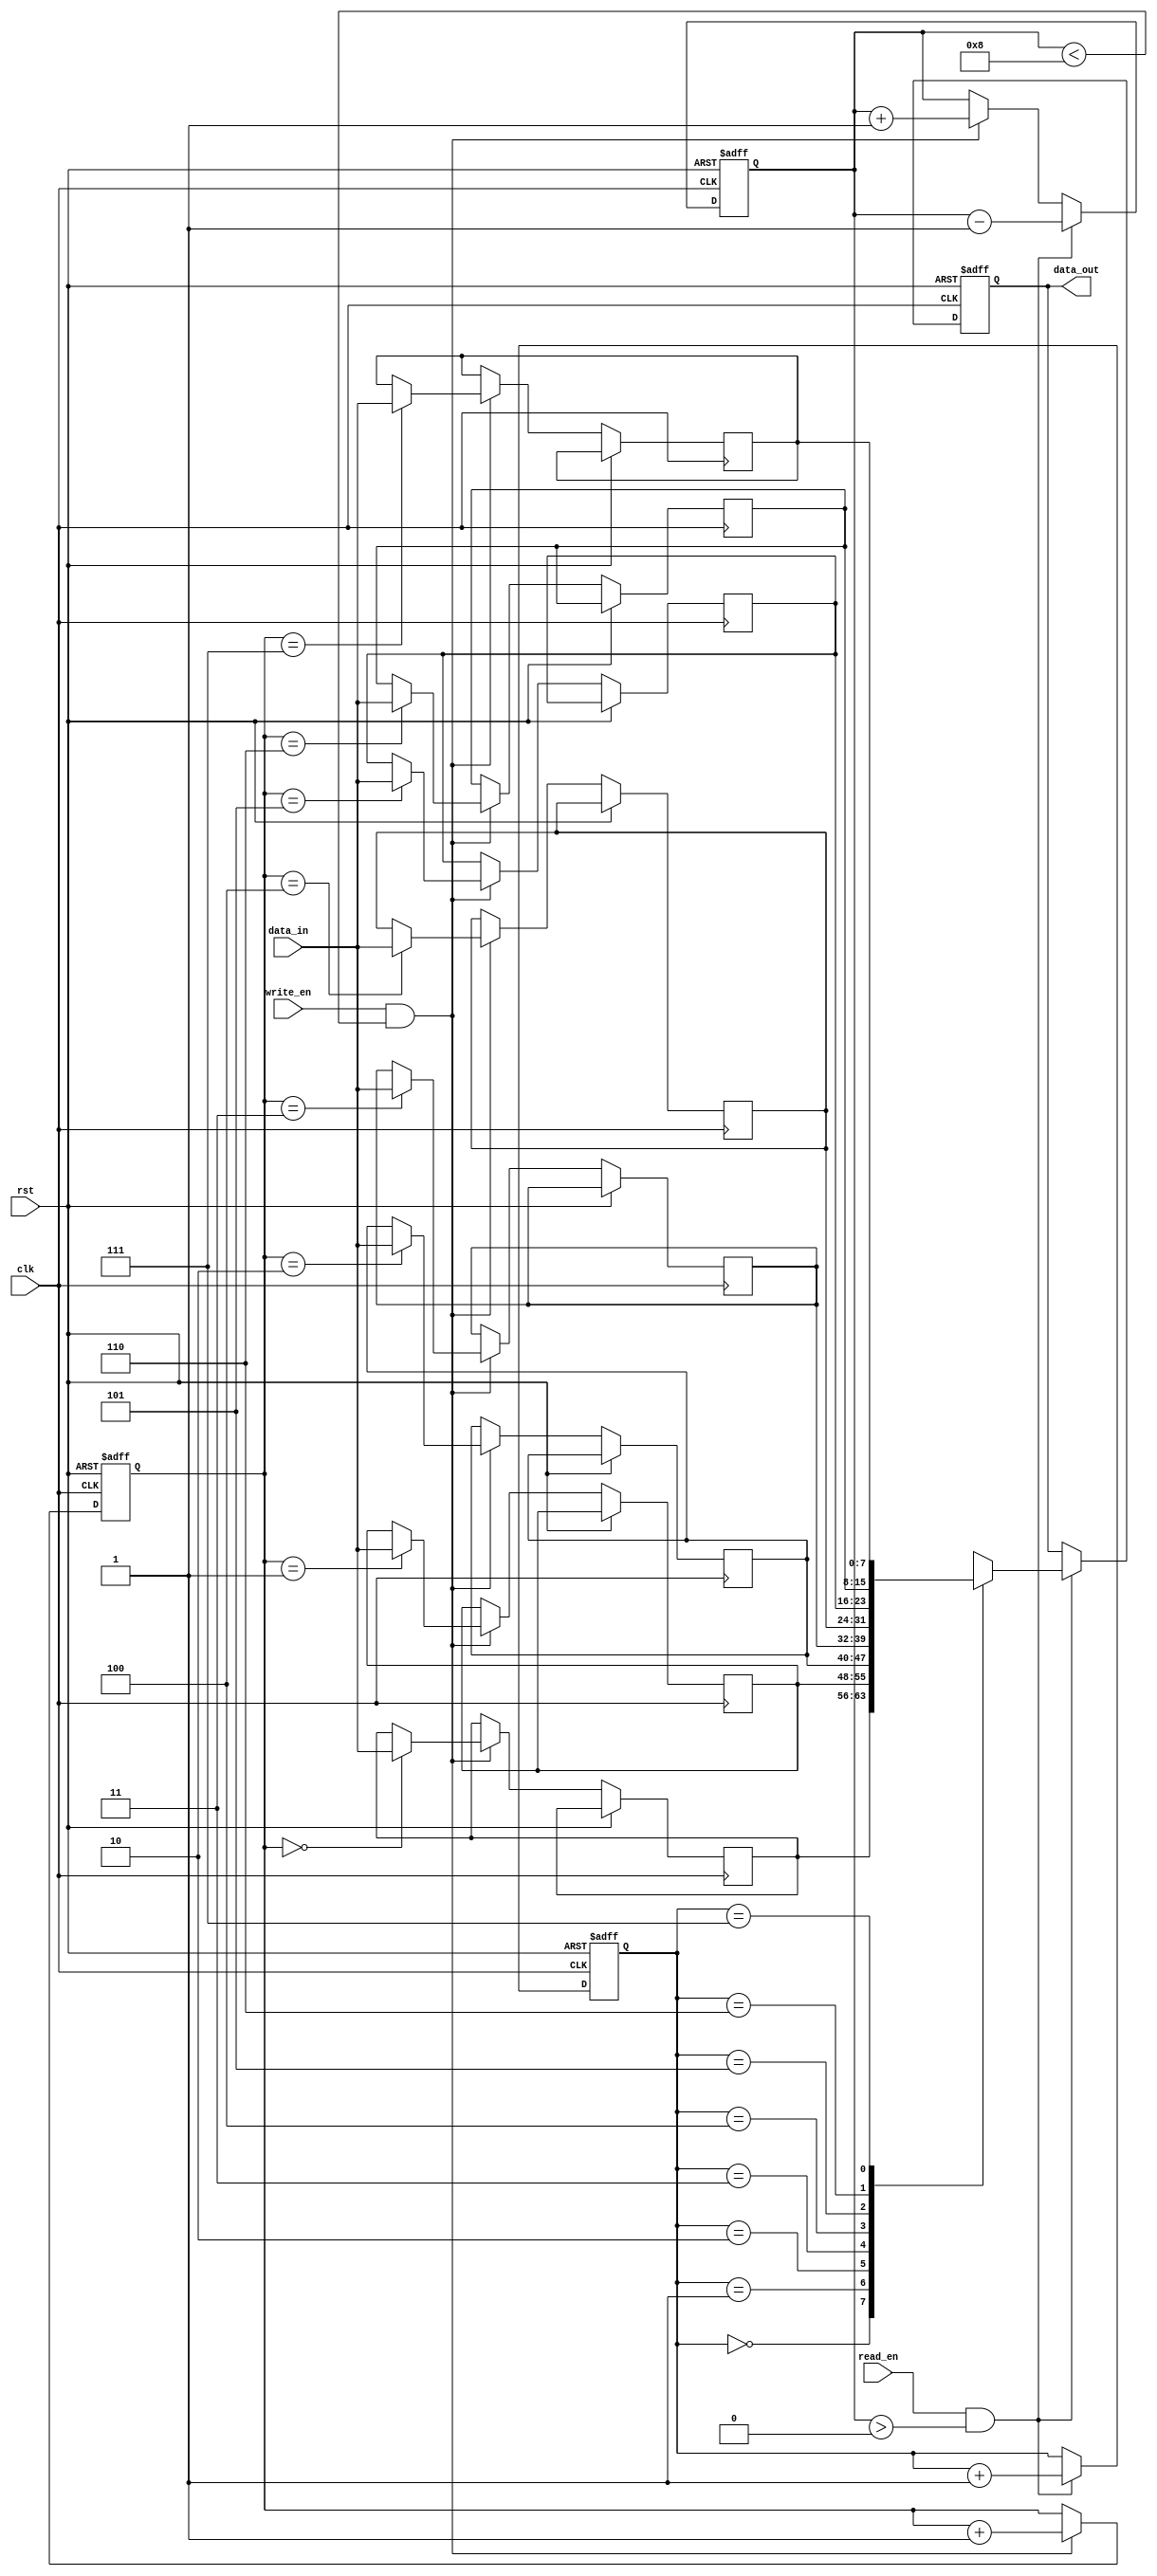
module fifo (
  input wire clk,           // Clock input
  input wire rst,           // Reset input
  input wire write_en,      // Write enable input
  input wire read_en,       // Read enable input
  input wire [7:0] data_in, // Data input
  output reg [7:0] data_out // Data output
);

  parameter FIFO_DEPTH = 8; // Depth of the FIFO queue
  reg [7:0] fifo_mem [0:FIFO_DEPTH-1]; // FIFO memory array
  reg [2:0] read_ptr = 0; // Read pointer
  reg [2:0] write_ptr = 0; // Write pointer
  reg [2:0] data_count = 0; // Data count

  always @(posedge clk, posedge rst) begin
    if (rst) begin
      read_ptr <= 0;
      write_ptr <= 0;
      data_count <= 0;
      data_out <= 0;
    end else begin
      if (write_en && data_count < FIFO_DEPTH) begin
        fifo_mem[write_ptr] <= data_in;
        write_ptr <= write_ptr + 1;
        data_count <= data_count + 1;
      end
      if (read_en && data_count > 0) begin
        data_out <= fifo_mem[read_ptr];
        read_ptr <= read_ptr + 1;
        data_count <= data_count - 1;
      end
    end
  end

endmodule